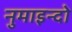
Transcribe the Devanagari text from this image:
नुमाइन्दो